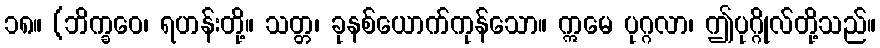
၁၈။ (ဘိက္ခဝေ၊ ရဟန်းတို့။ သတ္တ၊ ခုနစ်ယောက်ကုန်သော။ ဣမေ ပုဂ္ဂလာ၊ ဤပုဂ္ဂိုလ်တို့သည်။